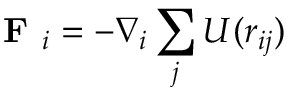
\textbf { F } _ { i } = - \nabla _ { i } \sum _ { j } U ( r _ { i j } )